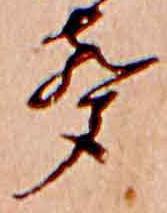
声